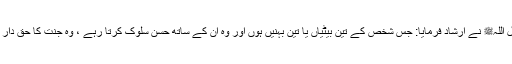
رسول اللہﷺ نے ارشاد فرمایا: جس شخص کے تین بیٹیاں یا تین بہنیں ہوں اور وہ ان کے ساتھ حسنِ سلوک کرتا رہے ، وہ جنت کا حق دار ہوگا۔